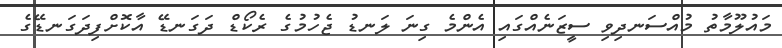
މައުލޫމާތު މުއްސަނދިވި ސީޒަނެއްގައި އެންމެ ގިނަ ލަނޑު ޖެހުމުގެ ރެކޯޑް ދަގަނޑޭ އާކޮށްފިދަގަނޑޭގެ